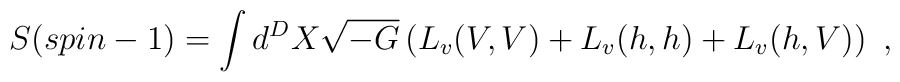
S(spin-1)= \int d^D X \sqrt{-G}\left(L_v(V,V)+ L_v(h,h)+ L_v(h,V)\right)~,